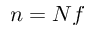
n = N f